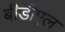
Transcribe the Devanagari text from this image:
बीडीएल